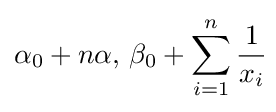
\alpha _{0}+n\alpha ,\,\beta _{0}+\sum _{i=1}^{n}{\frac {1}{x_{i}}}\!